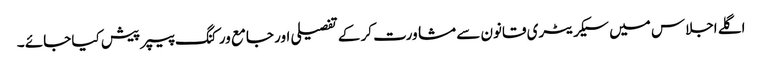
اگلے اجلاس میں سیکریٹری قانون سے مشاورت کر کے تفصیلی اور جامع ورکنگ پیپر پیش کیا جائے ۔